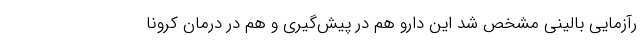
رآزمایی بالینی مشخص شد این دارو هم در پیش‌گیری و هم در درمان کرونا